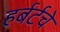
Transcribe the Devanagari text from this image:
हर्बर्टचे